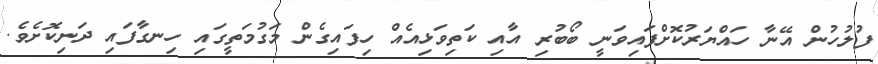
ފުލުހުން އޭނާ ހައްޔަރުކޮށްފައިވަނީ ބޯބުރި އާއި ކަތިވަޅިއެއް ހިފައިގެން މަގުމަތީގައި ހިނގާފައި ދަނިކޮށެވެ.